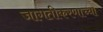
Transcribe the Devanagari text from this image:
जागतीकरणाच्या